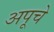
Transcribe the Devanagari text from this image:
अपूचे